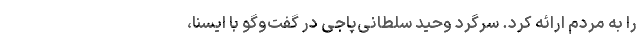
را به مردم ارائه کرد. سرگرد وحید سلطانی‌پاجی در گفت‌وگو با ایسنا،